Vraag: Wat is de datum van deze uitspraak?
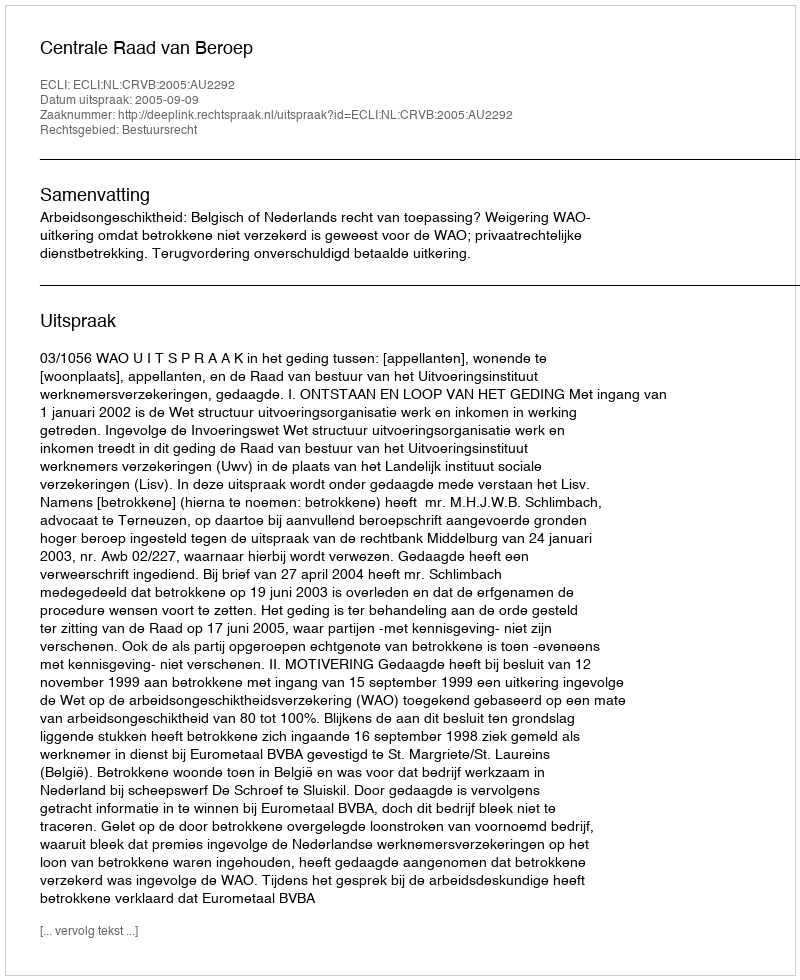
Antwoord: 2005-09-09